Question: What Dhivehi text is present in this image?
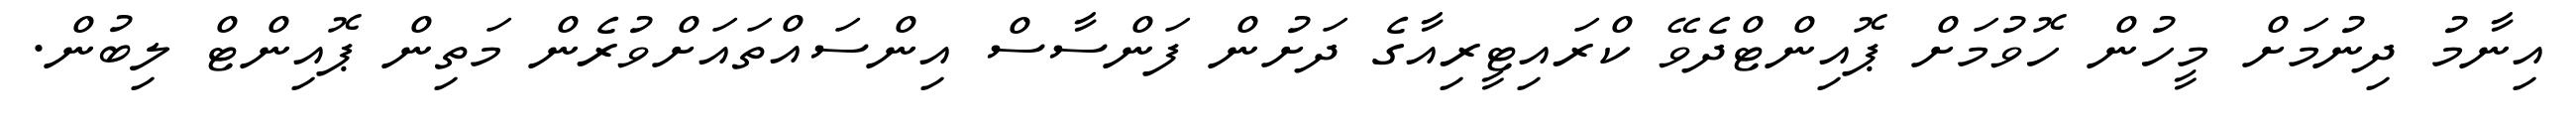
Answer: އިނާމު ދިނުމަށް މީހުން ހޮވުމަށް ޕޮއިންޓްދެވޭ ކްރައިޓީރިއާގެ ދަށުން ފަންސާސް އިންސައްތައަށްވުރެން މަތިން ޕޮއިންޓް ލިބުން.